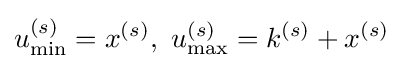
u_{\min }^{(s)}=x^{(s)},\ u_{\max }^{(s)}=k^{(s)}+x^{(s)}